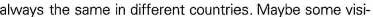
always the same in different countries. Maybe some visi-